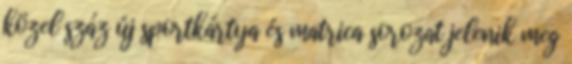
közel száz új sportkártya és matrica sorozat jelenik meg